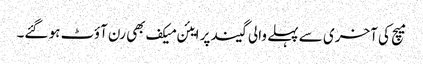
میچ کی آخری سے پہلے والی گیند پر ایئن میکف بھی رن آؤٹ ہو گئے۔